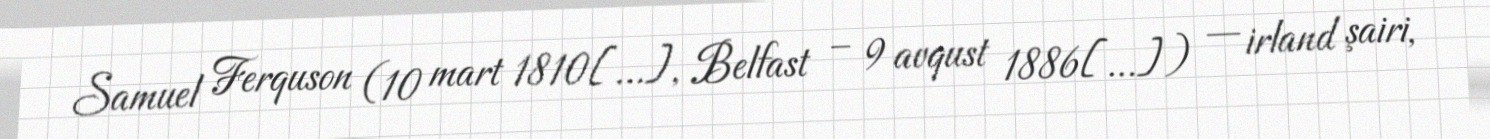
Samuel Ferquson (10 mart 1810[…], Belfast – 9 avqust 1886[…]) — irland şairi,